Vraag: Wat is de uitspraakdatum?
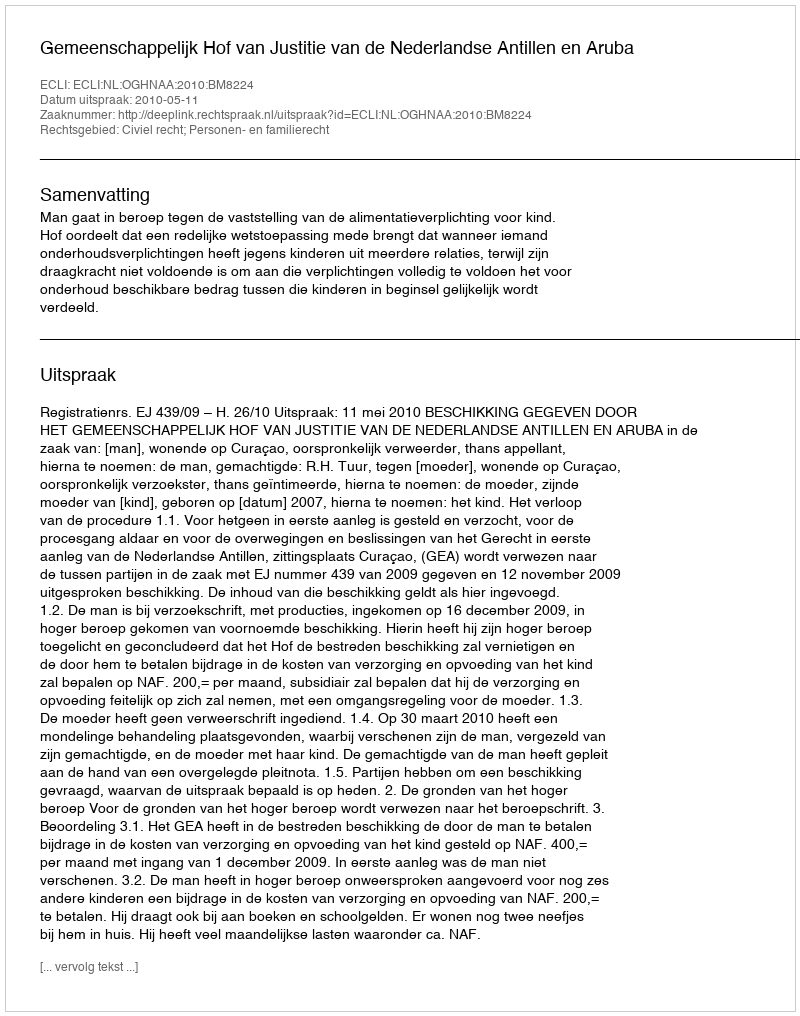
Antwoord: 2010-05-11